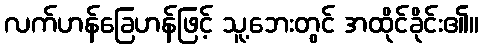
လက်ဟန်ခြေဟန်ဖြင့် သူ့ဘေးတွင် အထိုင်ခိုင်း၏။